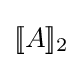
[\![A]\!]_{2}